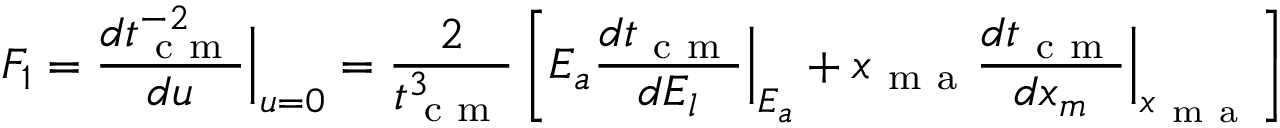
F _ { 1 } = \frac { d t _ { \mathrm { ~ c ~ m ~ } } ^ { - 2 } } { d u } \Big | _ { { u = 0 } } = \frac { 2 } { t _ { \mathrm { ~ c ~ m ~ } } ^ { 3 } } \left[ E _ { a } \frac { d t _ { \mathrm { ~ c ~ m ~ } } } { d E _ { l } } \Big | _ { E _ { a } } + x _ { \mathrm { ~ m ~ a ~ } } \frac { d t _ { \mathrm { ~ c ~ m ~ } } } { d x _ { m } } \Big | _ { x _ { \mathrm { ~ m ~ a ~ } } } \right]